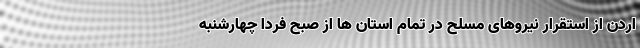
اردن از استقرار نیروهای مسلح در تمام استان ها از صبح فردا چهارشنبه